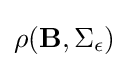
\rho (\mathbf {B} ,\Sigma _{\epsilon })